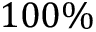
1 0 0 \%